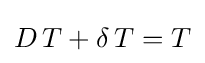
D\,T+\delta \,T=T